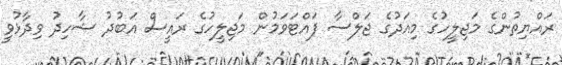
ރައްޔިތުންގެ މަޖިލީހުގެ މިއަދުގެ ޖަލްސާ ފައްޓަވަމުން މަޖިލީހުގެ ރައީސް އަބުދު ޝާހިދު ވިދާޅުވީ